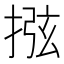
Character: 𢮂